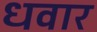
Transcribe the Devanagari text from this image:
धवार